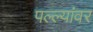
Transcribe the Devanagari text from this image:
पल्ल्यांवर